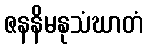
ဇနနိမနုသံဃာတံ